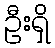
ဦးရှိ